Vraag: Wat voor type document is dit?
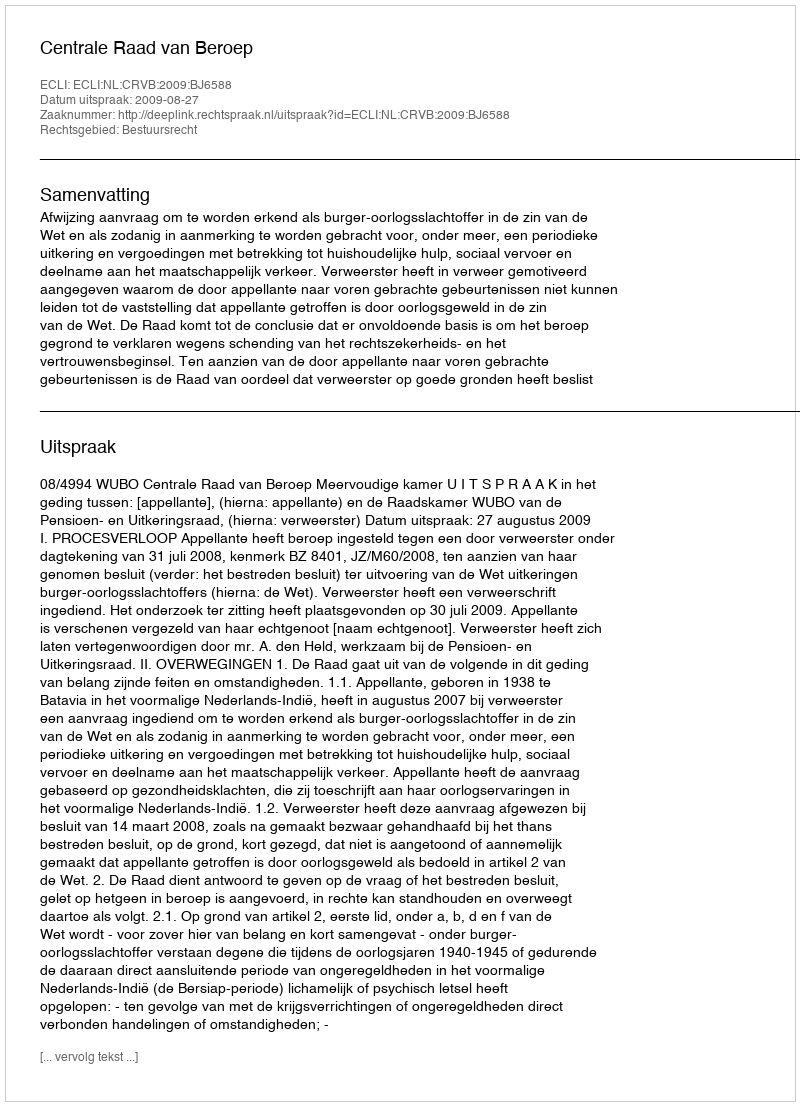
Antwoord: Uitspraak